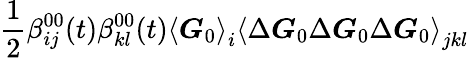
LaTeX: \frac{1}{2}\beta_{ij}^{00}(t)\beta_{kl}^{00}(t)\left\langle\boldsymbol{G}_{0}\right\rangle_{i}\left\langle\Delta\boldsymbol{G}_{0}\Delta\boldsymbol{G}_{0}\Delta\boldsymbol{G}_{0}\right\rangle_{jkl}